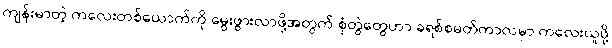
ကျန်းမာတဲ့ ကလေးတစ်ယောက်ကို မွေးဖွားလာဖို့အတွက် စုံတွဲတွေဟာ ခရစ်စမတ်ကာလမှာ ကလေးယူဖို့